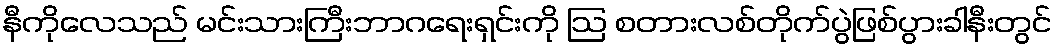
နီကိုလေသည် မင်းသားကြီးဘာဂရေးရှင်းကို ဩ စတားလစ်တိုက်ပွဲဖြစ်ပွားခါနီးတွင်